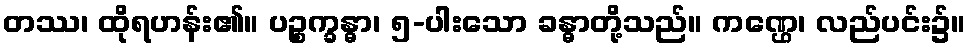
တဿ၊ ထိုရဟန်း၏။ ပဉ္စက္ခန္ဓာ၊ ၅-ပါးသော ခန္ဓာတို့သည်။ ကဏ္ဌေ၊ လည်ပင်း၌။